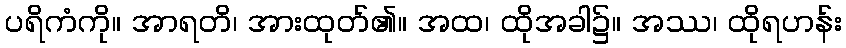
ပရိကံကို။ အာရတိ၊ အားထုတ်၏။ အထ၊ ထိုအခါ၌။ အဿ၊ ထိုရဟန်း